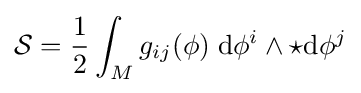
{\mathcal {S}}={\frac {1}{2}}\int _{M}g_{ij}(\phi )\;\mathrm {d} \phi ^{i}\wedge {\star \mathrm {d} \phi ^{j}}